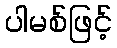
ပါမစ်ဖြင့်